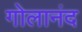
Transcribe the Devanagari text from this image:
गोलानंद